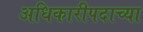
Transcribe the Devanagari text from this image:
अधिकारीपदाच्या